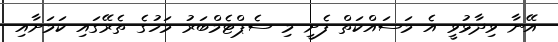
އޭނާ ވިދާޅުވީ އެ މަސައްކަތް ފެށީ މި ސެޕްޓެމްބަރު މަހުގެ ތެރޭގައި ކަމަށާއި